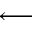
\longleftarrow